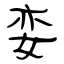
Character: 娈